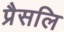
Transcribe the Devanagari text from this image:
प्रैसलि